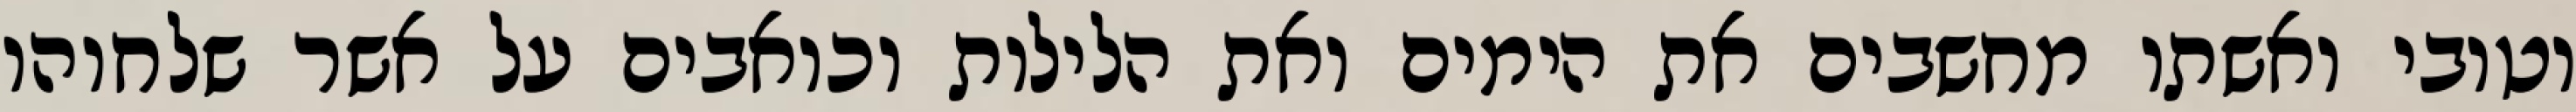
וטובי ואשתו מחשבים את הימים ואת הלילות וכואבים על אשר שלחוהו